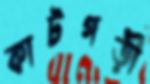
কাটগড়ী